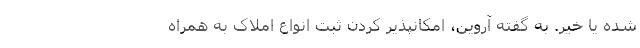
شده یا خیر. به گفته آروین، امکانپذیر کردن ثبت انواع املاک به همراه